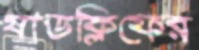
যাডক্লিফের